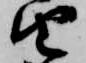
由